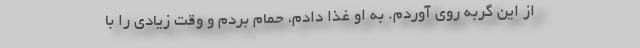
از این گربه روی آوردم. به او غذا دادم، حمام بردم و وقت زیادی را با